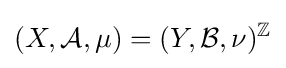
(X,{\mathcal {A}},\mu )=(Y,{\mathcal {B}},\nu )^{\mathbb {Z} }